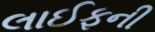
લાઈફની